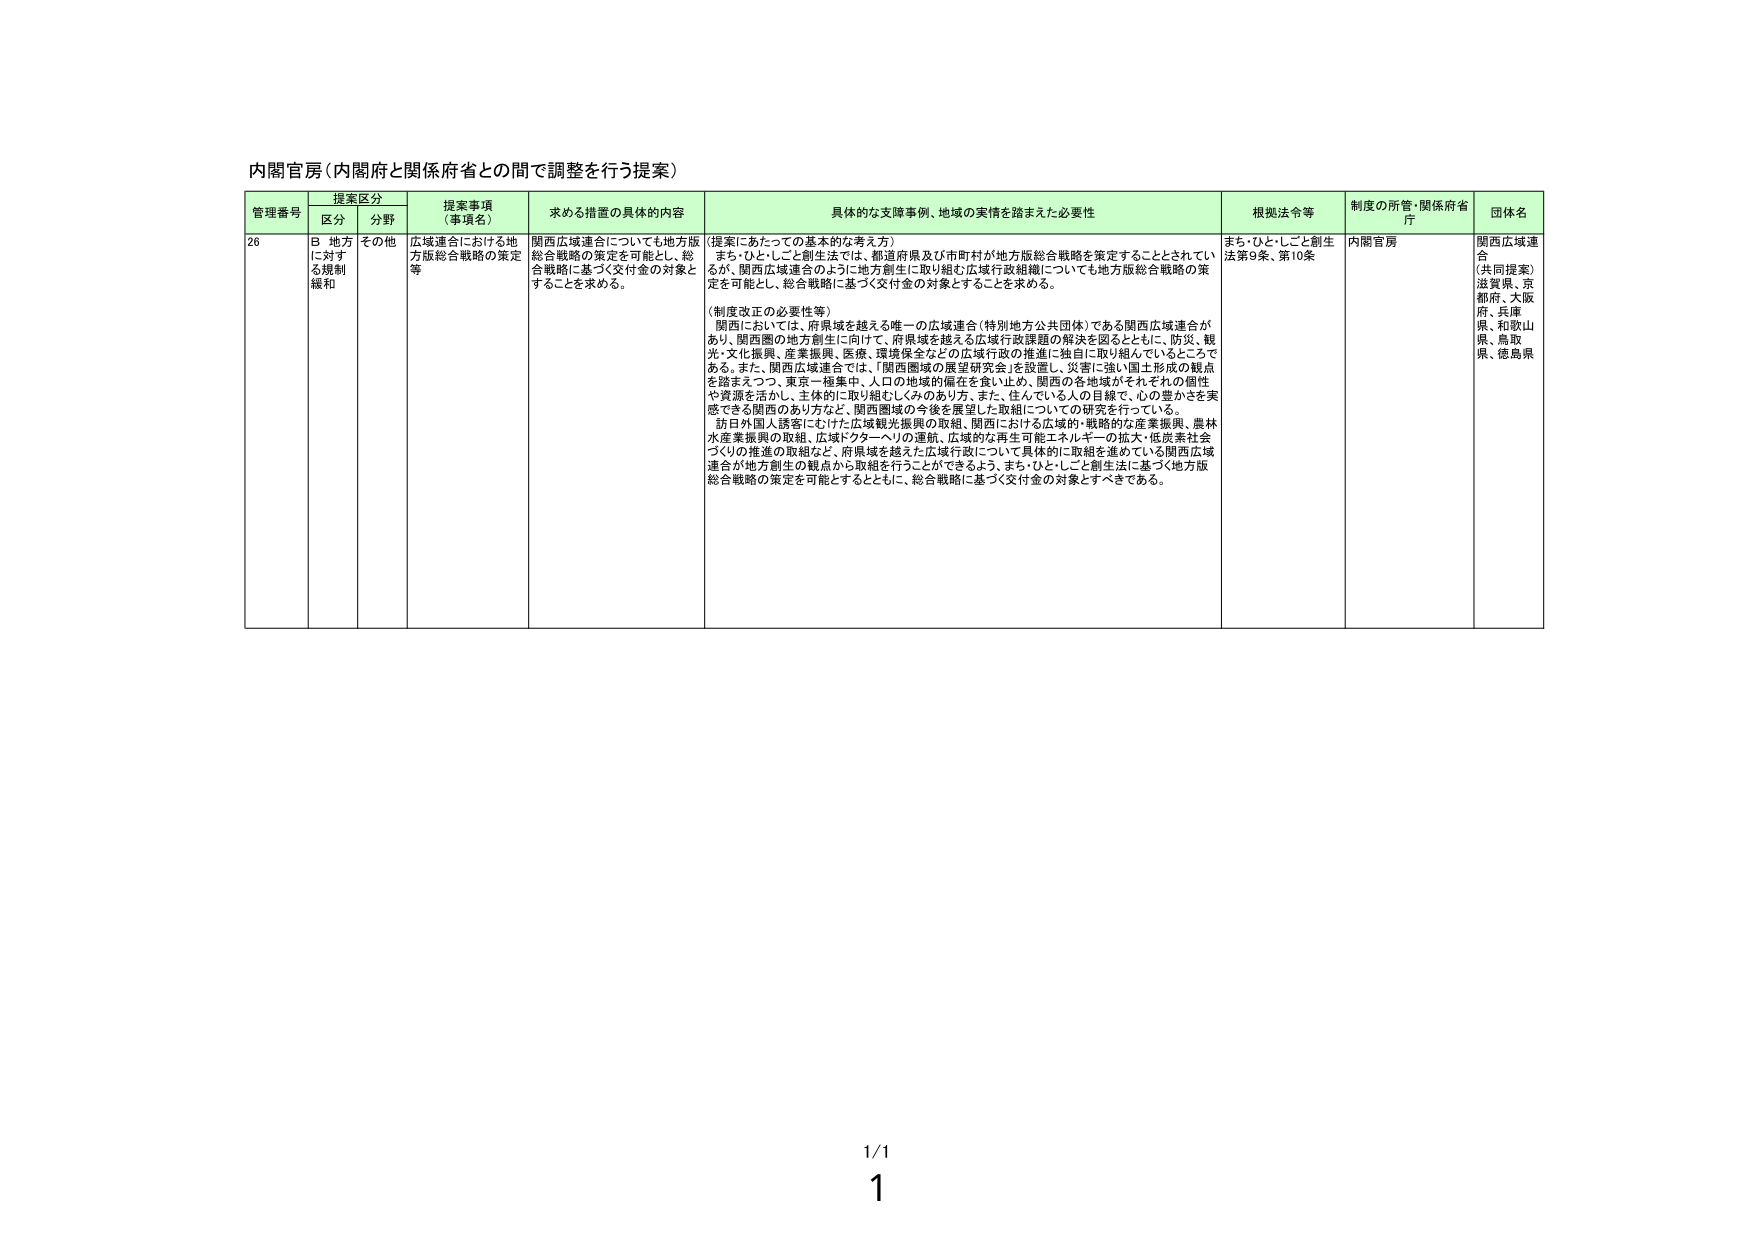
内閣官房（内閣府と関係府省との間で調整を行う提案）

管理番号 提案区分 提案事項（事項名） 求める措置の具体的内容 具体的な支障事例、地域の実情を踏まえた必要性 根拠法令等 制度の所管・関係府省庁 団体名
区分 分野

26 B 地方に対する規制緩和 その他 広域連合における地方版総合戦略の策定等 関西広域連合についても地方版総合戦略の策定を可能とし、総合戦略に基づく交付金の対象とすることを求める。 （提案にあたっての基本的な考え方） まち・ひと・しごと創生法では、都道府県及び市町村が地方版総合戦略を策定することとされているが、関西広域連合のように地方創生に取り組む広域行政組織についても地方版総合戦略の策定を可能とし、総合戦略に基づく交付金の対象とすることを求める。 （制度改正の必要性等） 関西においては、府県域を越える唯一の広域連合（特別地方公共団体）である関西広域連合があり、関西圏の地方創生に向けて、府県域を越える広域行政課題の解決を図るとともに、防災、観光・文化振興、産業振興、医療、環境保全などの広域行政の推進に独自に取り組んでいるところである。また、関西広域連合では、「関西圏域の展望研究会」を設置し、災害に強い国土形成の観点を踏まえつつ、東京一極集中、人口の地域的偏在を食い止め、関西の各地域がそれぞれの個性や資源を活かし、主体的に取り組むしみのあり方、また、住んでいる人の目線で、心の豊かさを実感できる関西のあり方など、関西圏域の今後を展望した取組についての研究を行っている。 訪日外国人誘客にむけた広域観光振興の取組、関西における広域的・戦略的な産業振興、農林水産業振興の取組、広域ドクターへリの運航、広域的な再生可能エネルギーの拡大・低炭素社会づくりの推進の取組など、府県域を越えた広域行政について具体的に取組を進めている関西広域連合が地方創生の観点から取組を行うことができるよう、まち・ひと・しごと創生法に基づく地方版総合戦略の策定を可能とするとともに、総合戦略に基づく交付金の対象とすべきである。 まち・ひと・しごと創生法第9条、第10条 内閣官房 関西広域連合 （共同提案） 滋賀県、京都府、大阪府、兵庫県、和歌山県、鳥取県、徳島県

1/1
1